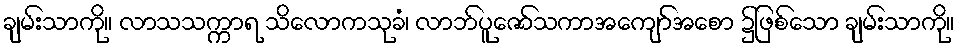
ချမ်းသာကို။ လာသသက္ကာရ သိလောကသုခံ၊ လာဘ်ပူဇော်သကာအကျော်အစော ၌ဖြစ်သော ချမ်းသာကို။